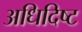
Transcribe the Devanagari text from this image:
अधिदिष्ट